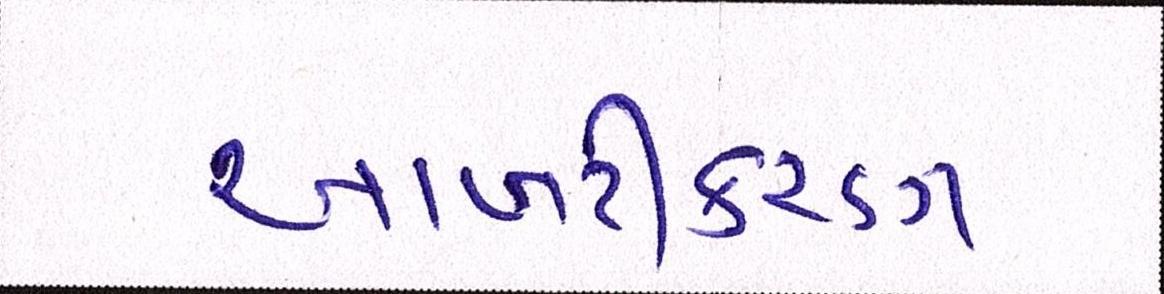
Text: આખરીકરણ